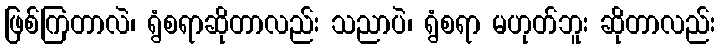
ဖြစ်ကြတာလဲ၊ ရွံစရာဆိုတာလည်း သညာပဲ၊ ရွံစရာ မဟုတ်ဘူး ဆိုတာလည်း